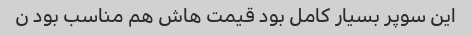
این سوپر بسیار کامل بود قیمت هاش هم مناسب بود ن